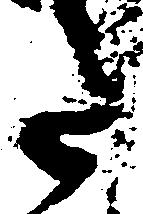
た